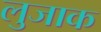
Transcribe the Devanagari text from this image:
लुजाक